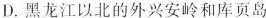
D. 黑龙江以北的外兴安岭和库页岛